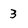
Character: 3